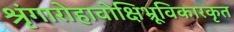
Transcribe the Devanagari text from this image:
श्रृंगारोहावोक्षिभ्रूविकारकृत